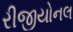
રીજીયોનલ